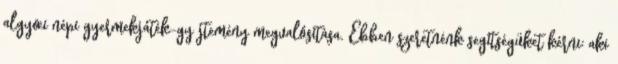
algyœi népi gyermekjáték-gyıjtemény megvalósítása. Ebben szeretnénk segítségüket kérni: aki